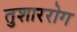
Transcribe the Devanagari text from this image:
तुशाररोग